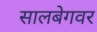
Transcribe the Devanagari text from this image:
सालबेगवर